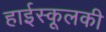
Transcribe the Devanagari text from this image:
हाईस्कूलकी